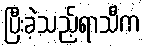
ပြီးခဲ့သည့်ရာသီက